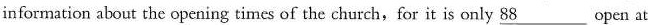
informǎtion about the opening times of the church, for it is only \underline{88} open at